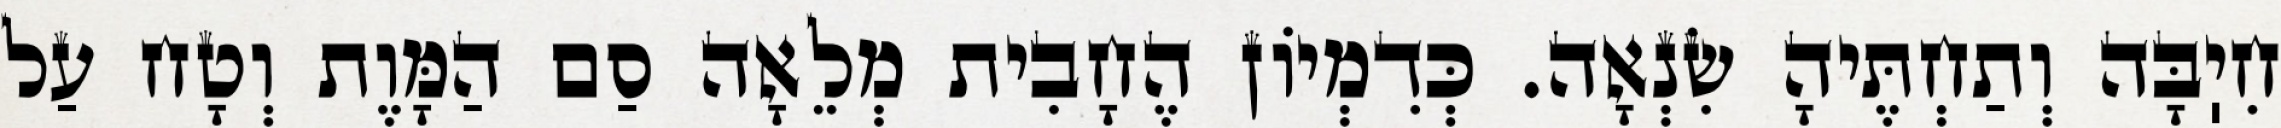
חִיֽבָּה וְתַחְתֶּיהָ שִׂנְאָה. כְּדִמְיוֹן הֶחָבִית מְלֵאָה סַם הַמָּוֶת וְטָח עַל